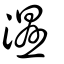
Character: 溼